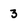
Character: 3